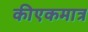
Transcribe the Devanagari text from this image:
कीएकमात्र